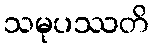
သမုပဿတိ